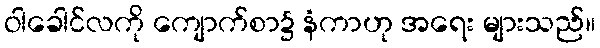
ဝါခေါင်လကို ကျောက်စာ၌ နံကာဟု အရေး များသည်။